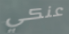
عنكي